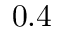
0 . 4